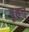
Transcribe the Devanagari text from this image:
बृहन्